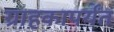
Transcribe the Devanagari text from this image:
ग्राहकापर्यंत